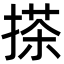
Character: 搽